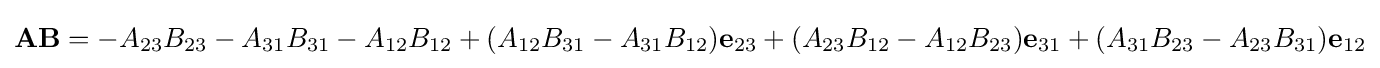
\mathbf {A} \mathbf {B} =-A_{23}B_{23}-A_{31}B_{31}-A_{12}B_{12}+(A_{12}B_{31}-A_{31}B_{12})\mathbf {e} _{23}+(A_{23}B_{12}-A_{12}B_{23})\mathbf {e} _{31}+(A_{31}B_{23}-A_{23}B_{31})\mathbf {e} _{12}